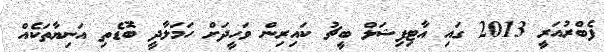
ފެބްރުއަރީ 2013 ގައި އާޓިފިޝަލް ބީޗު ކައިރިން ވަހީދަށް ހަމަލާދީ ބޮޑެތި އަނިޔާތަކެއް